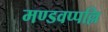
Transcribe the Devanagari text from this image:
मण्डवप्पल्लि